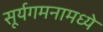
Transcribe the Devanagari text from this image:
सूर्यगमनामध्ये